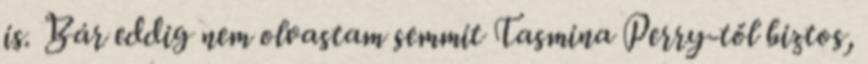
is. Bár eddig nem olvastam semmit Tasmina Perry-től biztos,